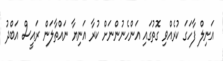
އަނިލް ފާހަގަ ކުރެއްވި ގޮތުގައި އަންހެނުންނަށް ކުރާ އަނިޔާ ނައްތާލަން ރައީސް އަބްދު